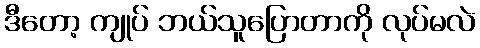
ဒီတော့ ကျုပ် ဘယ်သူပြောတာကို လုပ်မလဲ